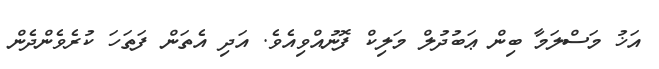
އަޚު މަސްލަމާ ބިން ޢަބުދުލް މަލިކް ފޮނުއްވިއެވެ. އަދި އެތަން ފަތަހަ ކުރެވެންދެން